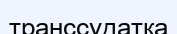
транссудатқа